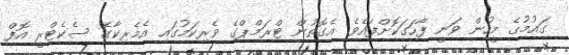
ގައުމުގެ މީހުން ވަނީ ފާހަގަކޮށްފައެވެ. އެގޮތުން ޓްރަމްޕްގެ ވެރިކަމުގައި އެމެރިކާގެ ސެކެޓްރީ އޮފް